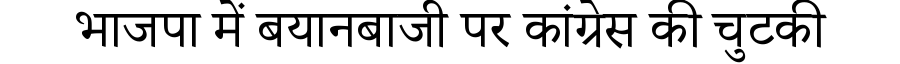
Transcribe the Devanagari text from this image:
भाजपा में बयानबाजी पर कांग्रेस की चुटकी